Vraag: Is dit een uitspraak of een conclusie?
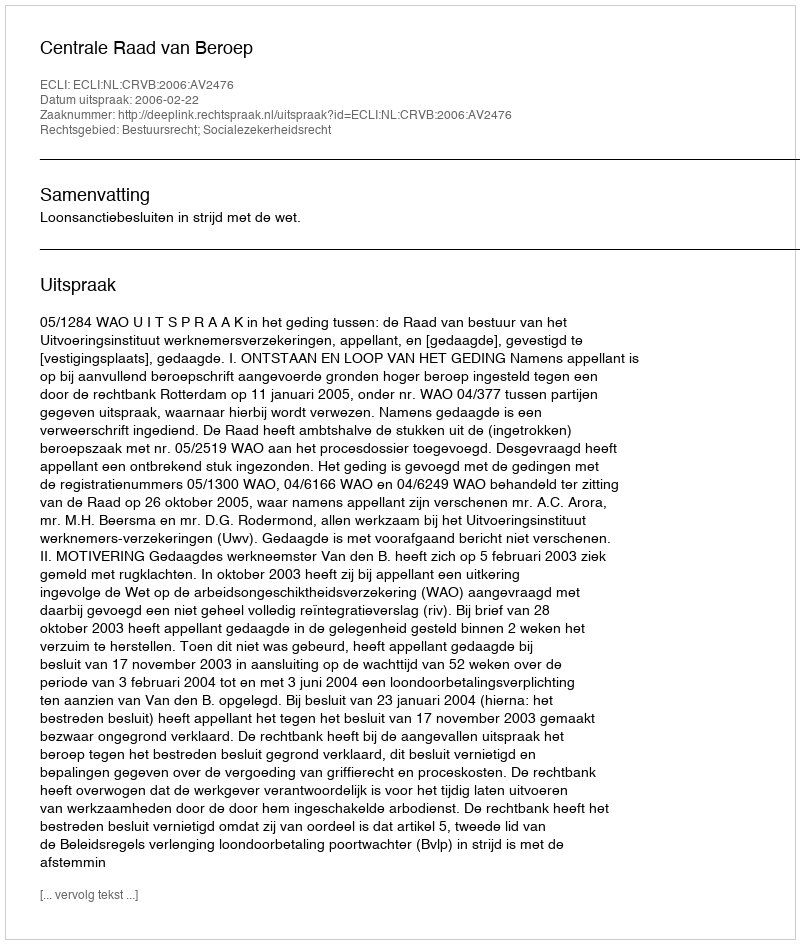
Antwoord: Uitspraak